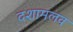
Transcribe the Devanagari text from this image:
दशामलव